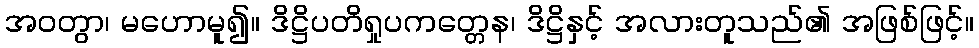
အဝတွာ၊ မဟောမူ၍။ ဒိဋ္ဌိပတိရှုပကတ္တေန၊ ဒိဋ္ဌိနှင့် အလားတူသည်၏ အဖြစ်ဖြင့်။